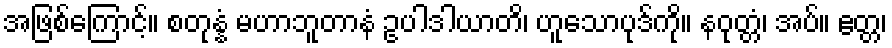
အဖြစ်ကြောင့်။ စတုန္နံ မဟာဘူတာနံ ဥပါဒါယာတိ၊ ဟူသောပုဒ်ကို။ နဝုတ္တံ၊ အပ်။ ဧတ္တ၊